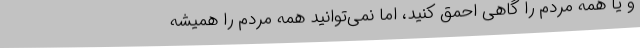
و یا همه مردم را گاهی احمق کنید، اما نمی‌توانید همه مردم را همیشه